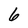
Character: 6